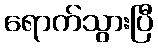
ရောက်သွားပြီ